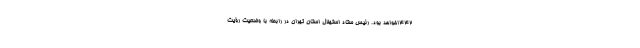
۱۴۴۲خواهد بود. رئیس ستاد استهلال استان تهران در رابطه با وضعیت رؤیت